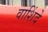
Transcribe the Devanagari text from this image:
वाशिंदे